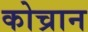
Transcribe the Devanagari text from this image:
कोच्रान